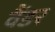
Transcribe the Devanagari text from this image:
वैंडर